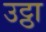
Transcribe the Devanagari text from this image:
उट्ठा